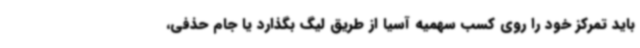
باید تمرکز خود را روی کسب سهمیه آسیا از طریق لیگ بگذارد یا جام حذفی،